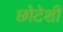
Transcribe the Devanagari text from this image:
छोटेशी